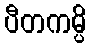
ပီတကမ္ပိ